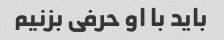
باید با او حرفی بزنیم